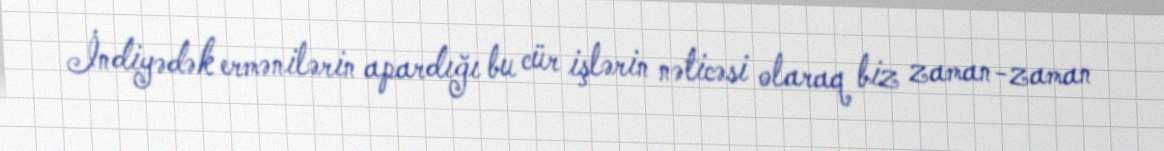
İndiyədək ermənilərin apardığı bu cür işlərin nəticəsi olaraq biz zaman-zaman